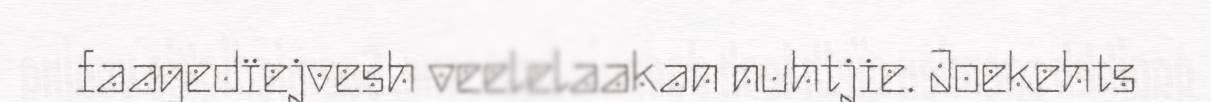
faagedïejvesh veelelaakan nuhtjie. Joekehts